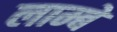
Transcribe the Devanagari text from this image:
लाम्बे